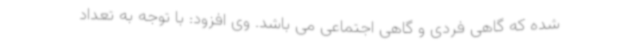
شده که گاهی فردی و گاهی اجتماعی می باشد. وی افزود: با توجه به تعداد